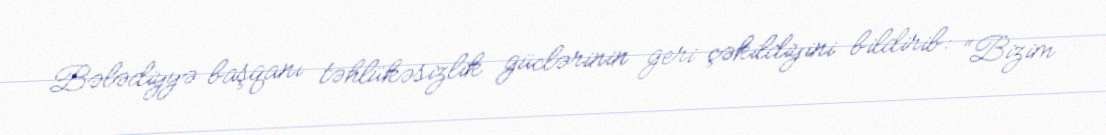
Bələdiyyə başqanı təhlükəsizlik güclərinin geri çəkildiyini bildirib: “Bizim